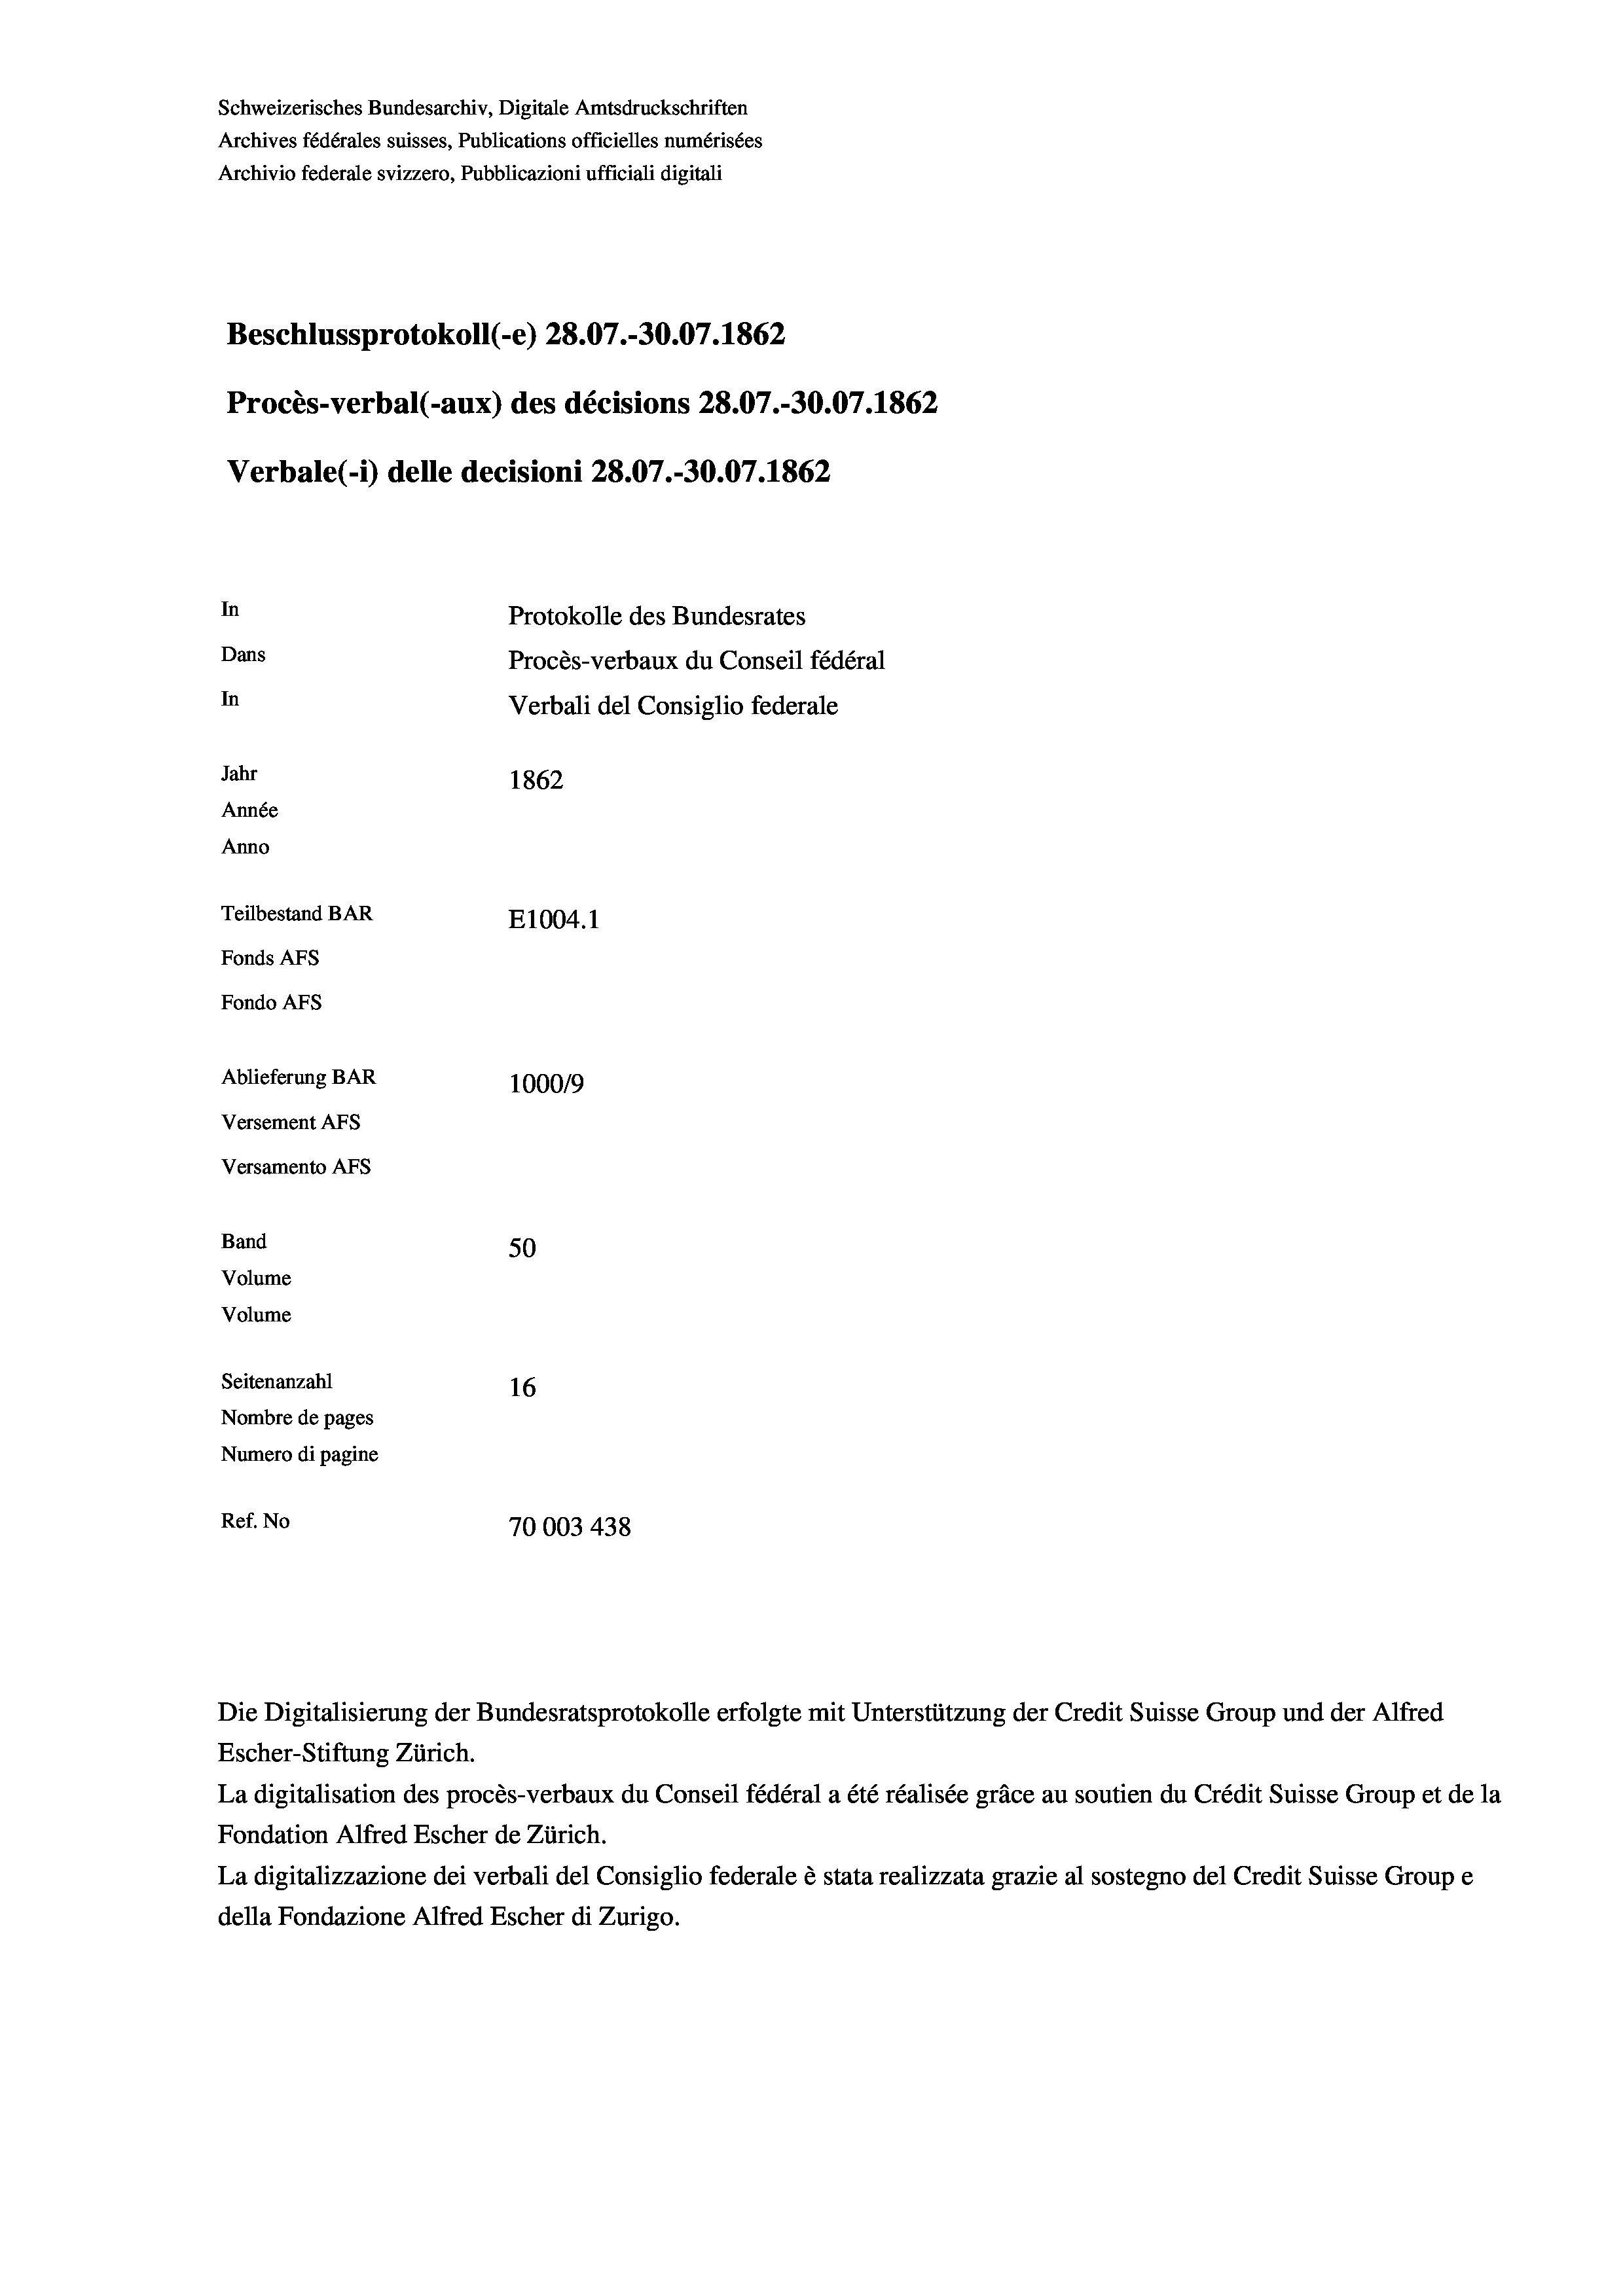
Schweizerisches Bundesarchiv, Digitale Amtsdruckschriften
Archives fédérales suisses, Publications officielles numérisées
Archivio federale svizzero, Pubblicazioni ufficiali digitali
Beschlussprotokoll (-e) 28.07.-30.07. 1862
Procès-verbal (-aux) des décisions 28.07.-30.07. 1862
Verbale(-*) delle decisioni 28.07.-30.07. 1862
In
Protokolle des Bundesrates
Dans
Procès-verbaux du Conseil fédéral
In
Verbali del Consiglio federale
Jahr
1862
Année
Anno
Teilbestand BAR
E1004. 1
Fonds AFs
Fondo AFS
Ablieferung BAR
100019
Versement AFs
Versamento AFS
Band
50
Volume
Volume
Seitenanzahl
16
Nombre de pages
Numero di pagine
Ref. No
70003 438

Escher-Stiftung Zürich.
La digitalisation des procès-verbaux du Conseil fédéral a été réalisée gräce au soutien du Crédit Suisse Group et de la
Fondation Alfred Escher de Zürich.
La digitalizzazione dei verbali del Consiglio federale è stata realizzata grazie al sostegno del Credit Suisse Groupe
della Fondazione Alfred Escher di Zurigo.

Die Digitalisierung der Bundesratsprotokolle erfolgte mit Unterstützung der Credit Suisse Group und der Alfred